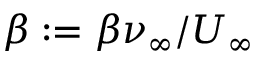
\beta : = \beta \nu _ { \infty } / U _ { \infty }